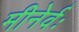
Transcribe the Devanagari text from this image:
मीनेर्वः